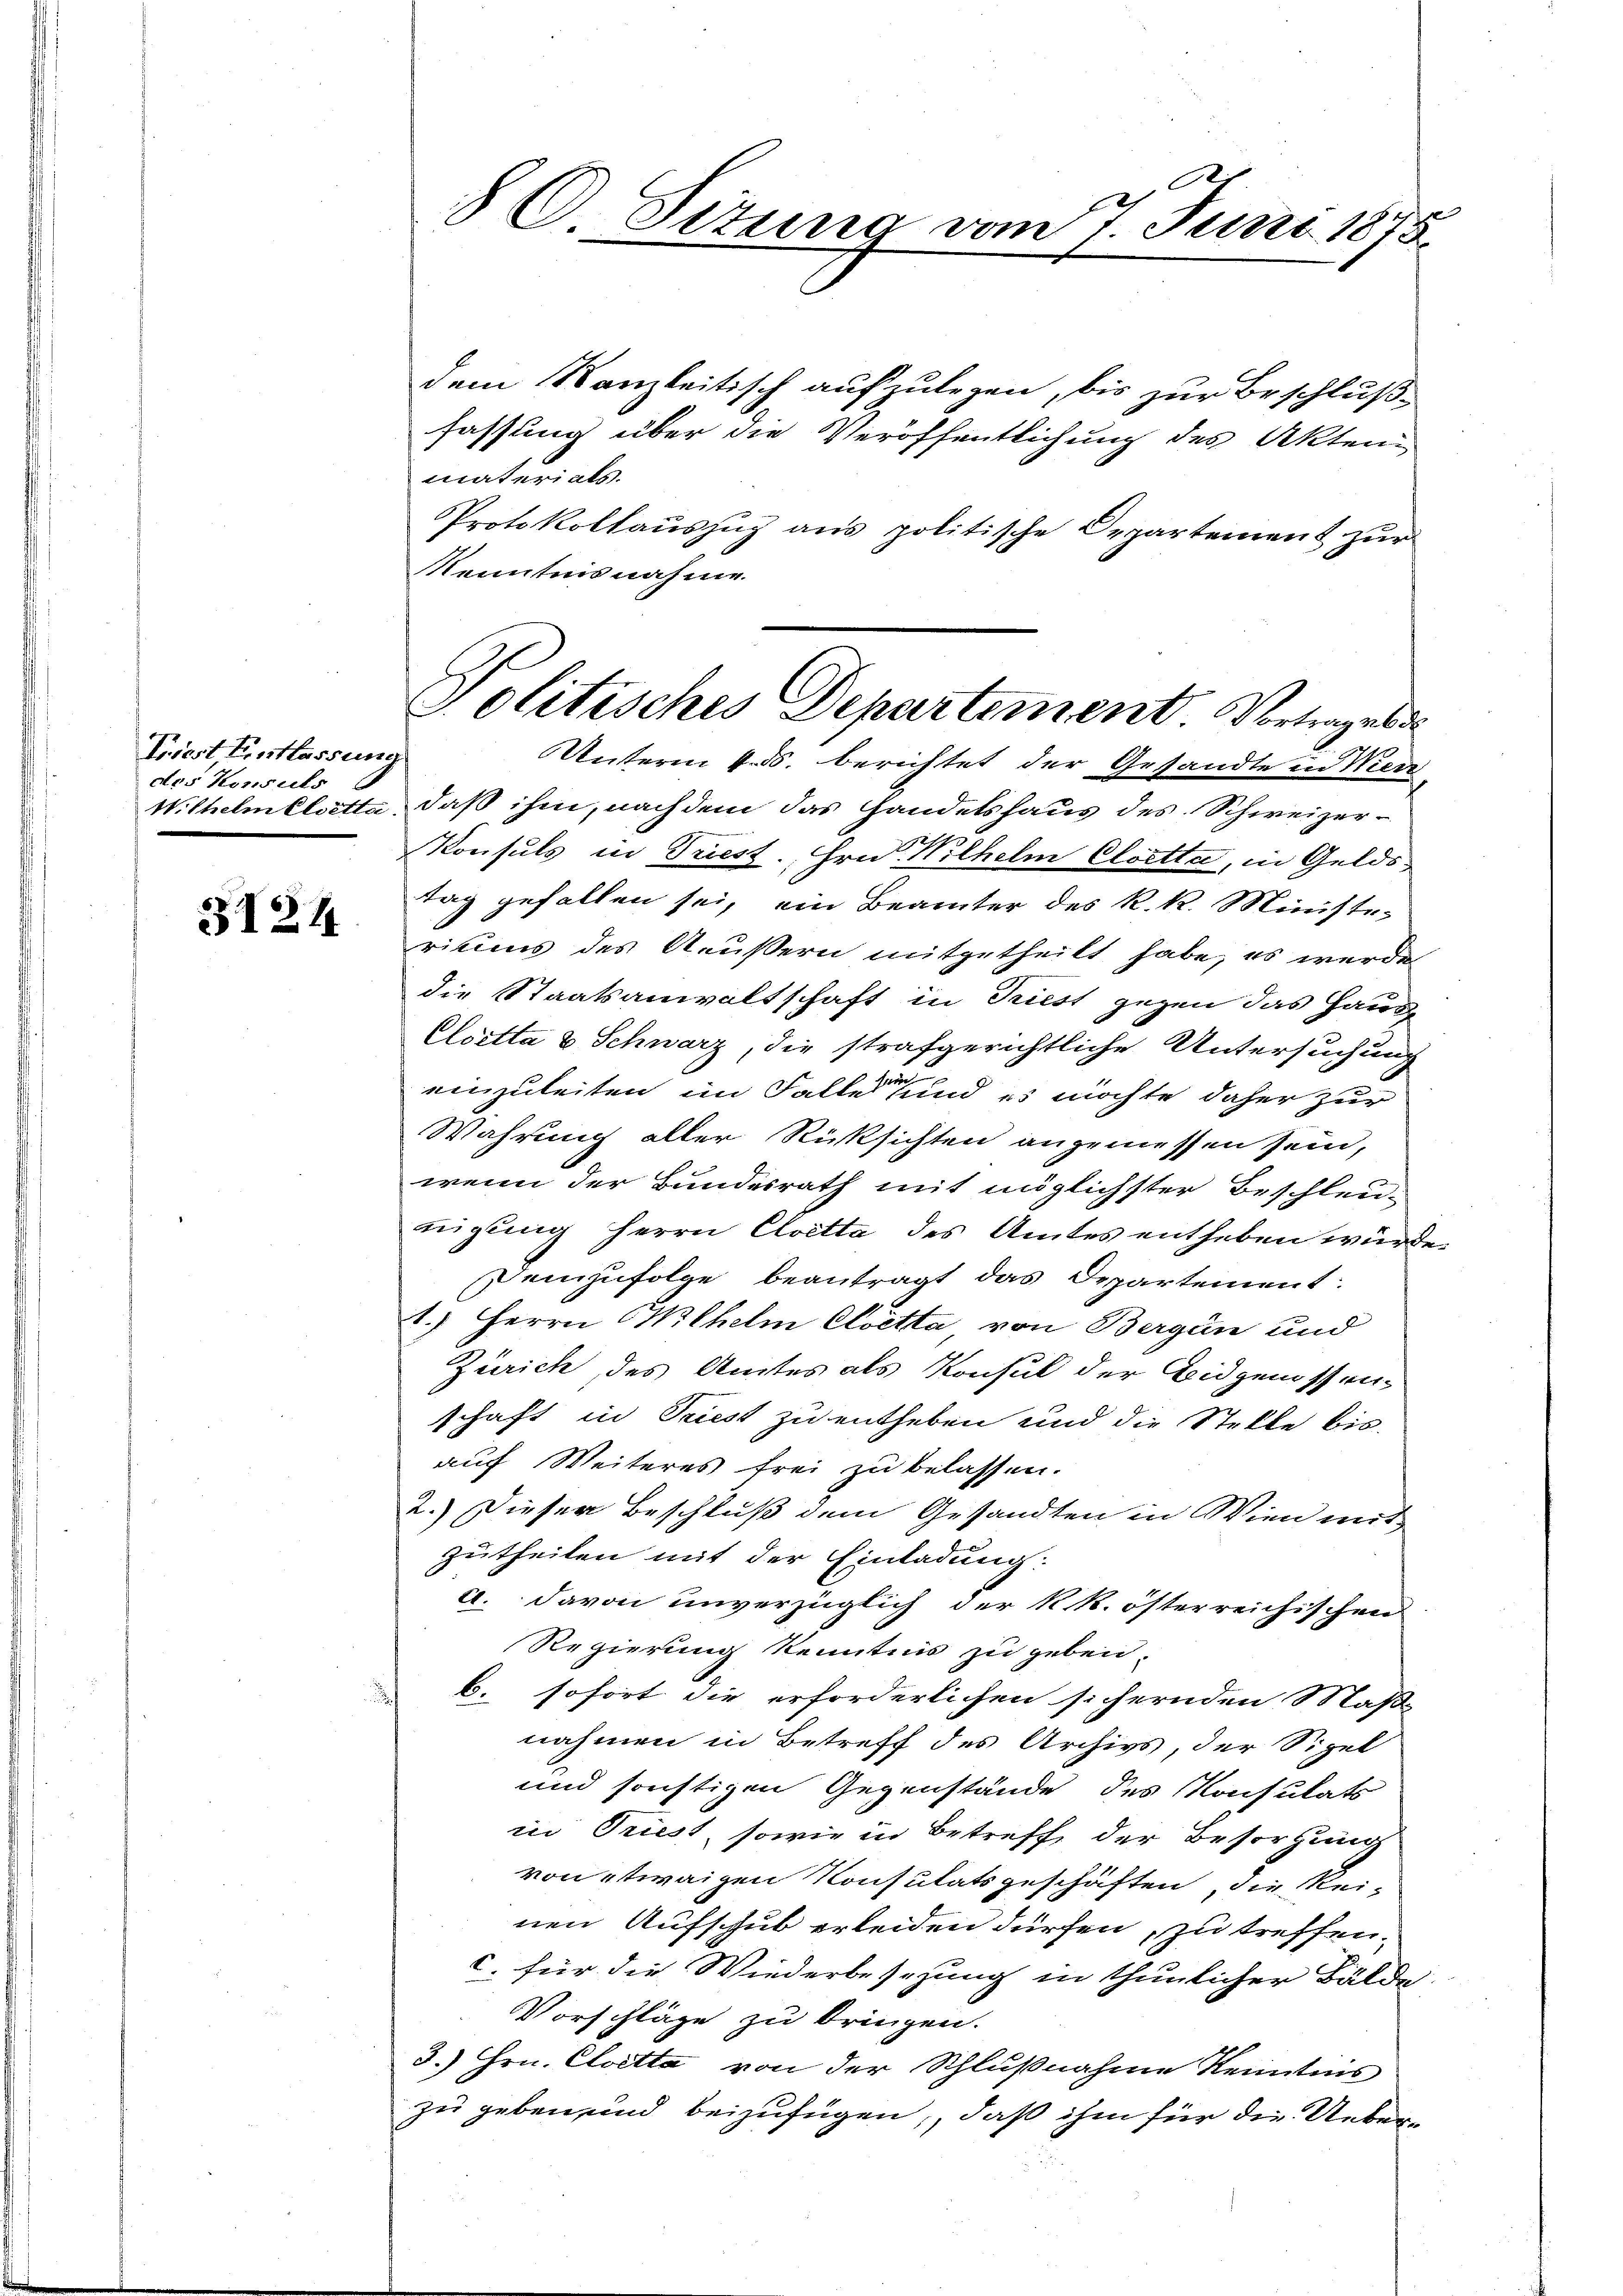
Priest Entlassung
des Konsuls

5124

8C Situng vom 7. Juni 1875.

dem Kanzleitisch aufzulegen, bis zur Beschlußfassung über die Veröffentlichung des Akten
materials.
Protokollauszug aus politische Departement zur
Kenntnisnahme
Wilhelmelotta, daß ihm, nachdem das Handelshaus des Schweizer¬
Konsuls in Triest. Hrn. Wilhelm Cloetta, in Geldstag gefallen sei, ein Beamter des k. k. Minister
ritums des Aeußern mitgetheilt habe, es werde
die Staatsanwaltschaft in Trust gegen das Haus-
Cloetta u Schwarz, die strafgerichtliche Untersuchung
einzuleiten im Falles und es möchte daher zur
Wahrung aller Rücksichten angemessen sein,
wenn der Bundesrath mit möglichster Beschleunigung herrn Cloetta des Amtes entheben würde
Demzufolge beantragt das Departement
1.) Herrn Wilhelm Cloetta, von Bergan und
Zürich, des Amtes als Konsul der Eidgenossen-
schaft in Triest zu entheben und die Stelle bis
auf Weiteres frei zu belassen.
2.) Dieser Beschluß dem Gesandten in Wien mit
zutheilen mit der Einladung:
a. davon unverzüglich der k. k. österreichischen
Regierung Kenntnis zu geben.
b. sofort die erforderlichen sichernden Maß
nahmen in Betreff des Archivs, der Sipel
und sonstigen Gegenstände des Konsulats
in Triest, sowie in Betreff der Besorgung
von etwaigen Konsulatsgeschäften, die Rei-
nen Aufschub erleiden dürfen, zu treffen,
c. für die Wiederbesehung in thunlicher Bälde
Vorschläge zu bringen.
3.) Hrn. Cloetta von der Schlußnahme Kenntnis
zu geben sind beizufügen, daß ihm für die Ueber¬

Politisches Departement. Vortrages d
Unterm 4. ds. berichtet der Gesandte in Wer